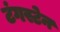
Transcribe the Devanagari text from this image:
टंगस्टेन